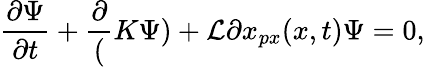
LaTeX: \frac{\partial\Psi}{\partial t}+\frac{\partial}(K\Psi)+\mathcal{L}{\partial x}_{px}(x,t)\Psi=0,